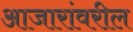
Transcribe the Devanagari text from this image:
आजारांवरील